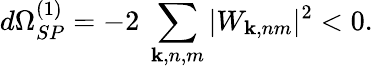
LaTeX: d\Omega_{SP}^{(1)}=-2~\sum_{{\mathbf k},n,m}|W_{{\mathbf k},nm}|^{2}<0.